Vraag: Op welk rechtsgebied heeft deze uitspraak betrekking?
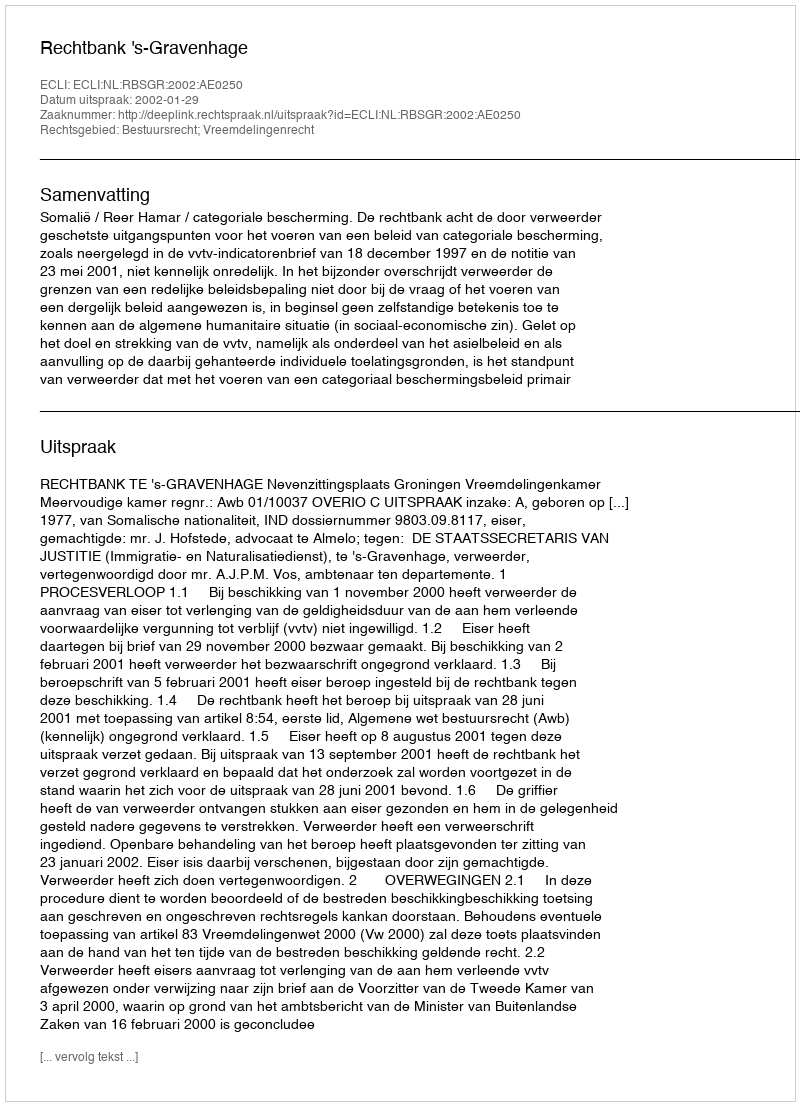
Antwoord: Bestuursrecht; Vreemdelingenrecht